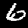
Label: 6